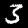
Label: 3